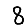
Digit: 8